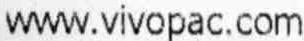
WWW.VIVOPAC.COM